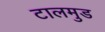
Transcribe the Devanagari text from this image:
टालमुड